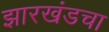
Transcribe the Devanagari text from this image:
झारखंडचा